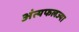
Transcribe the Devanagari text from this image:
अंत्यफलज्या